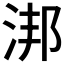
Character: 𣵮